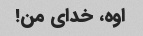
اوه، خدای من!